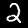
Digit: 2